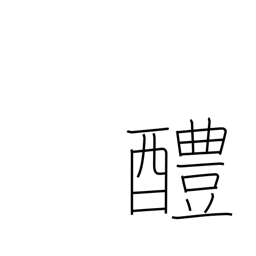
Meaning: sweet sake